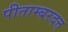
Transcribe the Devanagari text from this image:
पीताम्बरदत्त